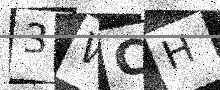
Text: 3WCH